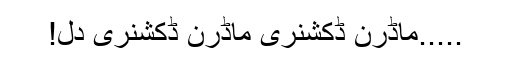
.....ماڈرن ڈکشنری ماڈرن ڈکشنری دل!